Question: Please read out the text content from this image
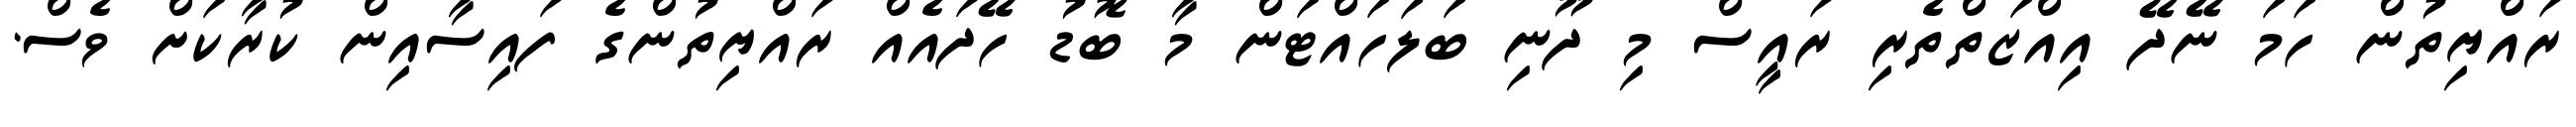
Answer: ރައްޔިތުން ހަމަ ނޭދޭ އިއްޒަތްތެރި ރައީސް މި ދޫނި ބަލަހައްޓަން މާ ބޮޑު ހޭދައެއް ރައްޔިތުންގެ ފައިސާއިން ކުރާކަށް ވެސް.